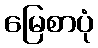
မြေစာပုံ